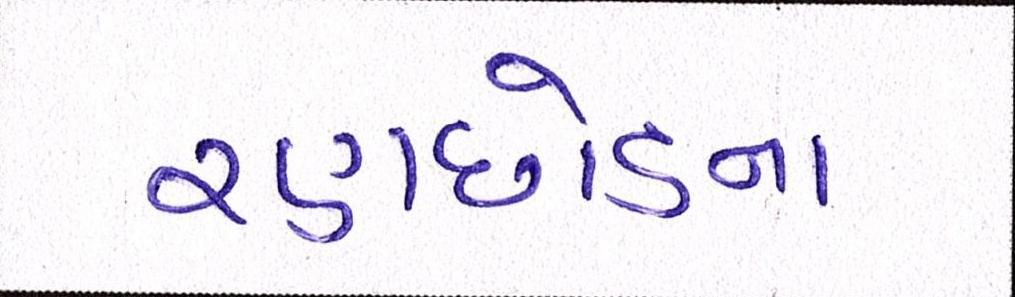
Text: રણછોડના